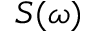
S ( \omega )